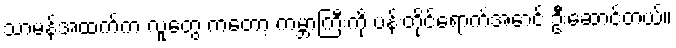
သာမန်အထက်က လူတွေ ကတော့ ကမ္ဘာကြီးကို ပန်းတိုင်ရောက်အောင် ဦးဆောင်တယ်။